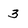
Character: 3